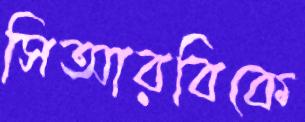
সিআরবিকে